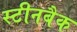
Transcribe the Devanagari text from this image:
स्टीनबैक